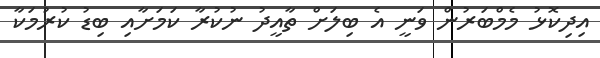
އިދިކޮޅު މެމްބަރުން ވަނީ އެ ބިލަށް ތާއީދު ނުކުރާ ކަމަށާއި ބިޑު ކުރުމަކާ